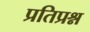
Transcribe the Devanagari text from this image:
प्रतिप्रश्न